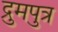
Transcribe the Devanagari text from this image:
द्रुमपुत्र